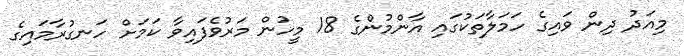
މިއަދު ދިން ވައިގެ ހަމަލާތަކުގައި އާންމުންގެ 18 މީހުން މަރުވެފައިވާ ކަމަށް ހަނގުރާމައިގެ